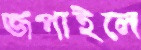
জপাইলে